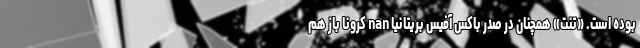
بوده است. «تنت» همچنان در صدر باکس آفیس بریتانیا nan کرونا باز هم